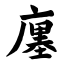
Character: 廛